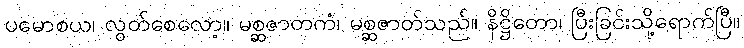
ပမောစယ၊ လွတ်စေလော့။ မစ္ဆဇာတကံ၊ မစ္ဆဇာတ်သည်။ နိဋ္ဌိတော၊ ပြီးခြင်းသို့ရောက်ပြီ။